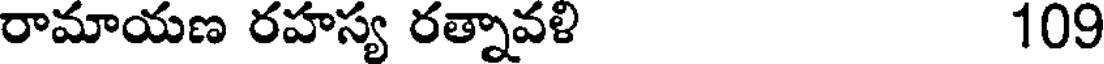
రామాయణ రహస్య రత్నావళి 109